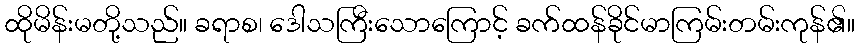
ထိုမိန်းမတို့သည်။ ခရာစ၊ ဒေါသကြီးသောကြောင့် ခက်ထန်ခိုင်မာကြမ်းတမ်းကုန်၏။